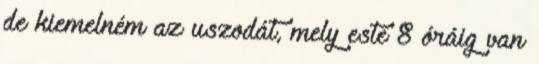
de kiemelném az uszodát, mely este 8 óráig van